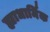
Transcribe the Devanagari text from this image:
ह्याधार्मिक